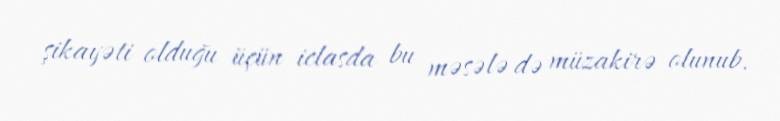
şikayəti olduğu üçün iclasda bu məsələ də müzakirə olunub.